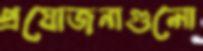
প্রযোজনাগুলো